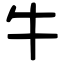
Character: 牛